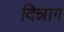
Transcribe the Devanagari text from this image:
दिन्नाग